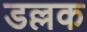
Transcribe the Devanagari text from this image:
डल्लक